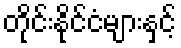
တိုင်းနိုင်ငံများနှင့်